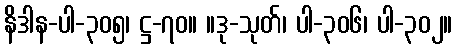
နိဒါန-ပါ-၃၀၅၊ ဋ္ဌ-၇၀။ ။ဒု-သုတ်၊ ပါ-၃၀၆၊ ပါ-၃၀၂။